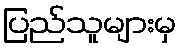
ပြည်သူများမှ